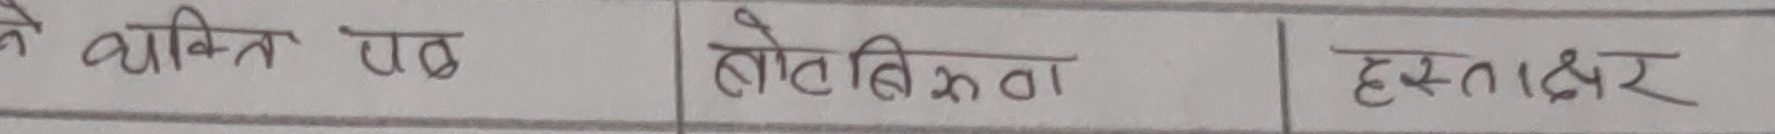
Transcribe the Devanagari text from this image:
के व्यक्ति पत्र होते विक्रेता हस्ताक्षर